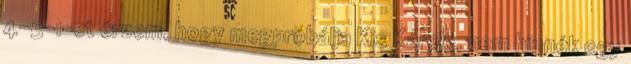
4-5-1-et érzem, hogy megpróbálja Kis Károly, nem hinnék egy